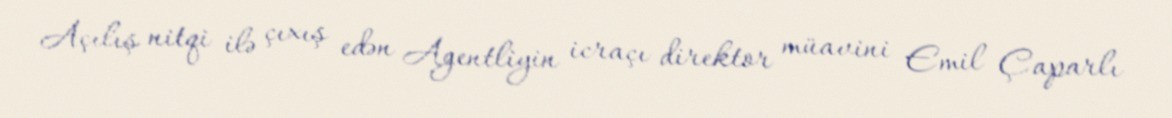
Açılış nitqi ilə çıxış edən Agentliyin icraçı direktor müavini Emil Çaparlı